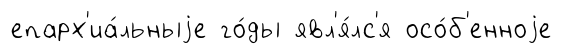
епарх'иа́льныjе го́ды явл'я́лс'я осо́б'енноjе